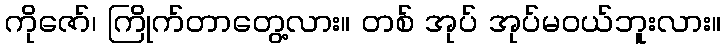
ကိုဇော်၊ ကြိုက်တာတွေ့လား။ တစ် အုပ် အုပ်မဝယ်ဘူးလား။